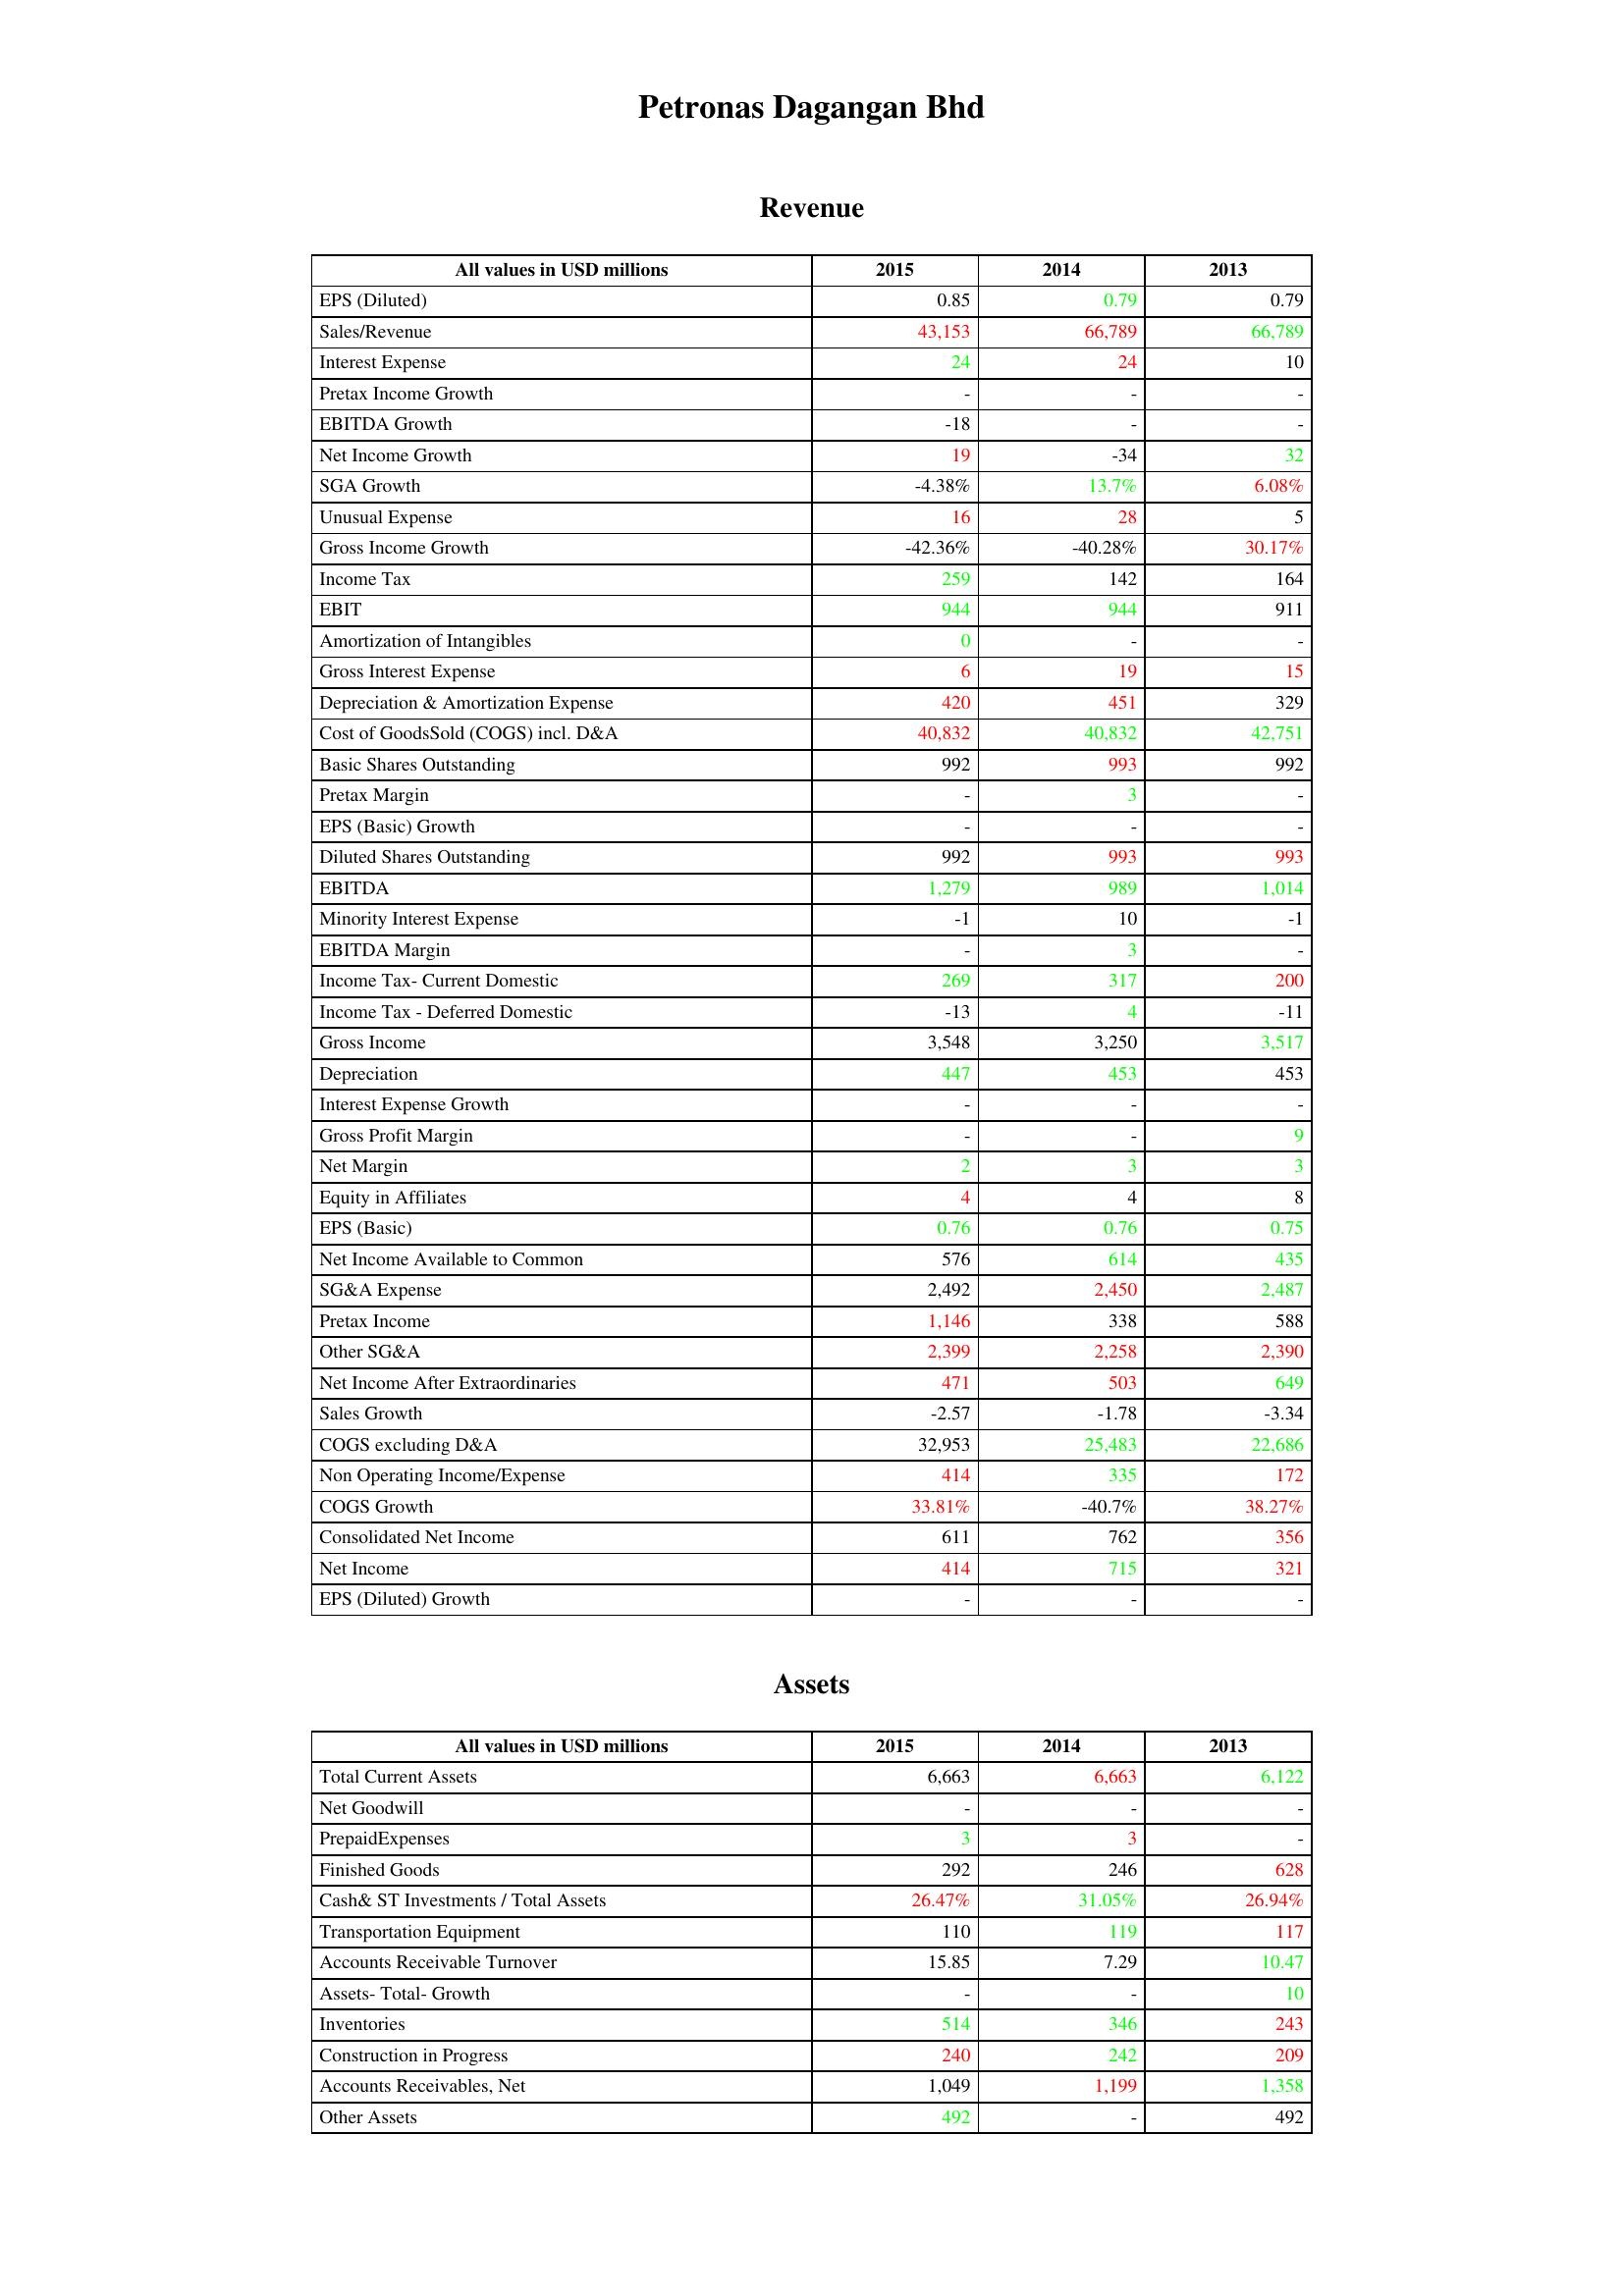
gt_parse: 2015: Revenue: EPS (Diluted): 0.85
Sales/Revenue: 43,153
Interest Expense: 24
Pretax Income Growth: -
EBITDA Growth: -18
Net Income Growth: 19
SGA Growth: -4.38%
Unusual Expense: 16
Gross Income Growth: -42.36%
Income Tax: 259
EBIT: 944
Amortization of Intangibles: 0
Gross Interest Expense: 6
Depreciation & Amortization Expense: 420
Cost of GoodsSold (COGS) incl. D&A: 40,832
Basic Shares Outstanding: 992
Pretax Margin: -
EPS (Basic) Growth: -
Diluted Shares Outstanding: 992
EBITDA: 1,279
Minority Interest Expense: -1
EBITDA Margin: -
Income Tax- Current Domestic: 269
Income Tax - Deferred Domestic: -13
Gross Income: 3,548
Depreciation: 447
Interest Expense Growth: -
Gross Profit Margin: -
Net Margin: 2
Equity in Affiliates: 4
EPS (Basic): 0.76
Net Income Available to Common: 576
SG&A Expense: 2,492
Pretax Income: 1,146
Other SG&A: 2,399
Net Income After Extraordinaries: 471
Sales Growth: -2.57
COGS excluding D&A: 32,953
Non Operating Income/Expense: 414
COGS Growth: 33.81%
Consolidated Net Income: 611
Net Income: 414
EPS (Diluted) Growth: -
Assets: Total Current Assets: 6,663
Net Goodwill: -
PrepaidExpenses: 3
Finished Goods: 292
Cash& ST Investments / Total Assets: 26.47%
Transportation Equipment: 110
Accounts Receivable Turnover: 15.85
Assets- Total- Growth: -
Inventories: 514
Construction in Progress: 240
Accounts Receivables, Net: 1,049
Other Assets: 492
2014: Revenue: EPS (Diluted): 0.79
Sales/Revenue: 66,789
Interest Expense: 24
Pretax Income Growth: -
EBITDA Growth: -
Net Income Growth: -34
SGA Growth: 13.7%
Unusual Expense: 28
Gross Income Growth: -40.28%
Income Tax: 142
EBIT: 944
Amortization of Intangibles: -
Gross Interest Expense: 19
Depreciation & Amortization Expense: 451
Cost of GoodsSold (COGS) incl. D&A: 40,832
Basic Shares Outstanding: 993
Pretax Margin: 3
EPS (Basic) Growth: -
Diluted Shares Outstanding: 993
EBITDA: 989
Minority Interest Expense: 10
EBITDA Margin: 3
Income Tax- Current Domestic: 317
Income Tax - Deferred Domestic: 4
Gross Income: 3,250
Depreciation: 453
Interest Expense Growth: -
Gross Profit Margin: -
Net Margin: 3
Equity in Affiliates: 4
EPS (Basic): 0.76
Net Income Available to Common: 614
SG&A Expense: 2,450
Pretax Income: 338
Other SG&A: 2,258
Net Income After Extraordinaries: 503
Sales Growth: -1.78
COGS excluding D&A: 25,483
Non Operating Income/Expense: 335
COGS Growth: -40.7%
Consolidated Net Income: 762
Net Income: 715
EPS (Diluted) Growth: -
Assets: Total Current Assets: 6,663
Net Goodwill: -
PrepaidExpenses: 3
Finished Goods: 246
Cash& ST Investments / Total Assets: 31.05%
Transportation Equipment: 119
Accounts Receivable Turnover: 7.29
Assets- Total- Growth: -
Inventories: 346
Construction in Progress: 242
Accounts Receivables, Net: 1,199
Other Assets: -
2013: Revenue: EPS (Diluted): 0.79
Sales/Revenue: 66,789
Interest Expense: 10
Pretax Income Growth: -
EBITDA Growth: -
Net Income Growth: 32
SGA Growth: 6.08%
Unusual Expense: 5
Gross Income Growth: 30.17%
Income Tax: 164
EBIT: 911
Amortization of Intangibles: -
Gross Interest Expense: 15
Depreciation & Amortization Expense: 329
Cost of GoodsSold (COGS) incl. D&A: 42,751
Basic Shares Outstanding: 992
Pretax Margin: -
EPS (Basic) Growth: -
Diluted Shares Outstanding: 993
EBITDA: 1,014
Minority Interest Expense: -1
EBITDA Margin: -
Income Tax- Current Domestic: 200
Income Tax - Deferred Domestic: -11
Gross Income: 3,517
Depreciation: 453
Interest Expense Growth: -
Gross Profit Margin: 9
Net Margin: 3
Equity in Affiliates: 8
EPS (Basic): 0.75
Net Income Available to Common: 435
SG&A Expense: 2,487
Pretax Income: 588
Other SG&A: 2,390
Net Income After Extraordinaries: 649
Sales Growth: -3.34
COGS excluding D&A: 22,686
Non Operating Income/Expense: 172
COGS Growth: 38.27%
Consolidated Net Income: 356
Net Income: 321
EPS (Diluted) Growth: -
Assets: Total Current Assets: 6,122
Net Goodwill: -
PrepaidExpenses: -
Finished Goods: 628
Cash& ST Investments / Total Assets: 26.94%
Transportation Equipment: 117
Accounts Receivable Turnover: 10.47
Assets- Total- Growth: 10
Inventories: 243
Construction in Progress: 209
Accounts Receivables, Net: 1,358
Other Assets: 492